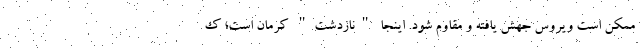
ممکن است ویروس جهش یافته و مقاوم شود. اینجا "نازدشت" کرمان است؛ ک